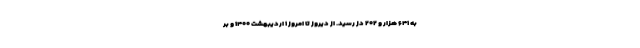
به ۶۴۱ هزار و ۲۰۲ دُز رسید. از دیروز تا امروز ۱ اردیبهشت ۱۴۰۰ و بر